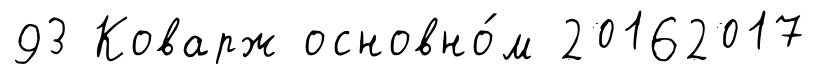
93 Коварж основно́м 20162017